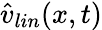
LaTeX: \hat{v}_{lin}(x,t)